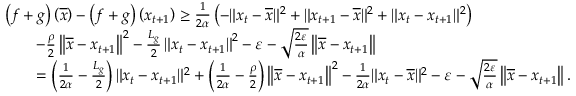
\begin{array} { r l } & { \left( f + g \right) \left( \overline { { x } } \right) - \left( f + g \right) \left( x _ { t + 1 } \right) \geq \frac { 1 } { 2 \alpha } \left( - \| x _ { t } - \overline { { x } } \| ^ { 2 } + \| x _ { t + 1 } - \overline { { x } } \| ^ { 2 } + \| x _ { t } - x _ { t + 1 } \| ^ { 2 } \right) } \\ & { \qquad - \frac { \rho } { 2 } \left\Vert \overline { { x } } - x _ { t + 1 } \right\Vert ^ { 2 } - \frac { L _ { g } } { 2 } \left\Vert x _ { t } - x _ { t + 1 } \right\Vert ^ { 2 } - \varepsilon - \sqrt { \frac { 2 \varepsilon } { \alpha } } \left\Vert \overline { { x } } - x _ { t + 1 } \right\Vert } \\ & { \qquad = \left( \frac { 1 } { 2 \alpha } - \frac { L _ { g } } { 2 } \right) \| x _ { t } - x _ { t + 1 } \| ^ { 2 } + \left( \frac { 1 } { 2 \alpha } - \frac { \rho } { 2 } \right) \left\Vert \overline { { x } } - x _ { t + 1 } \right\Vert ^ { 2 } - \frac { 1 } { 2 \alpha } \| x _ { t } - \overline { { x } } \| ^ { 2 } - \varepsilon - \sqrt { \frac { 2 \varepsilon } { \alpha } } \left\Vert \overline { { x } } - x _ { t + 1 } \right\Vert . } \end{array}